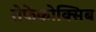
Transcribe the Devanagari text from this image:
रोफेकोक्सिब